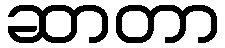
ဆာတာ